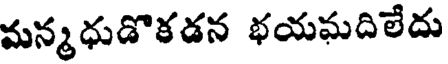
మన్మధుడొకడన భయఘదిలేదు